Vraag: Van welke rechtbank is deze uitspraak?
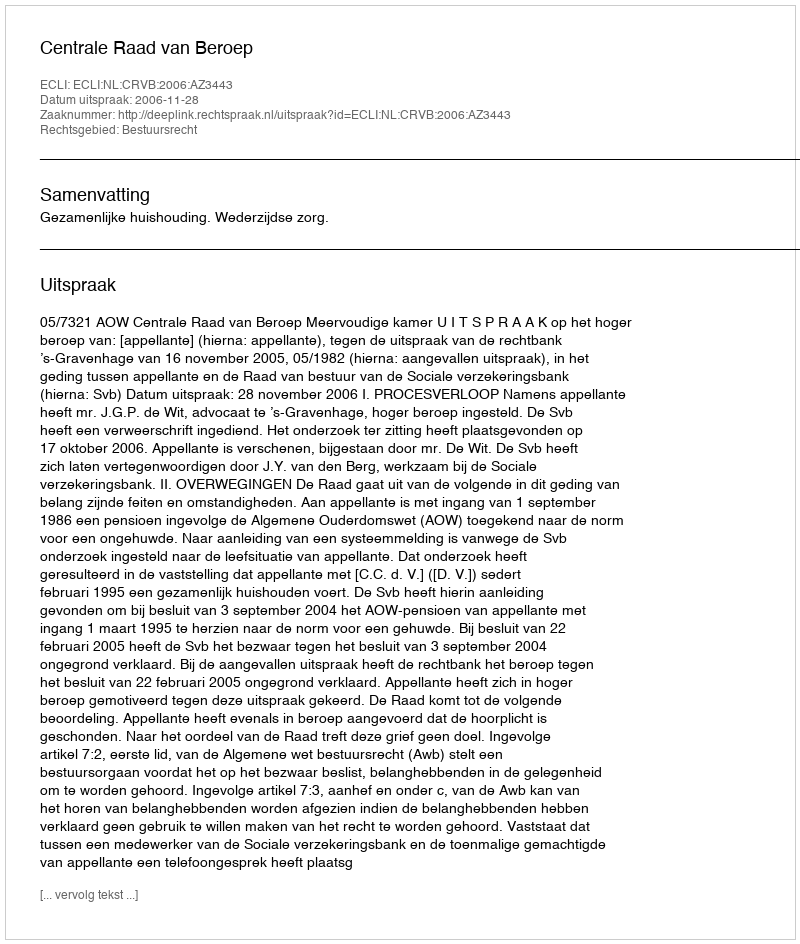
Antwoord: Centrale Raad van Beroep